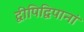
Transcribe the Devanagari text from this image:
द्वीपिद्विपानां